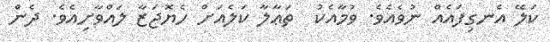
ކަލޭ އެނގިފައެއް ނުވެއެވެ. ވުމާއެކު  ތަޢާލާ ކަލެއަށް ހެޔޮޖަޒާ ލައްވާށިއެވެ. ދެން